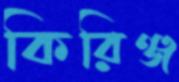
কিরিঞ্জ